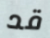
قد